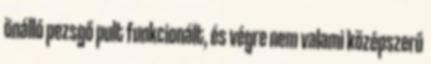
önálló pezsgő pult funkcionált, és végre nem valami középszerű